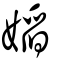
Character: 嫍